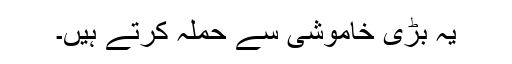
یہ بڑی خاموشی سے حملہ کرتے ہیں۔